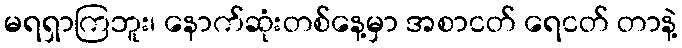
မရရှာကြဘူး၊ နောက်ဆုံးတစ်နေ့မှာ အစာငတ် ရေငတ် တာနဲ့